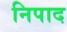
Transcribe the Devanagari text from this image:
निपाद